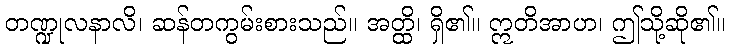
တဏ္ဍုလနာလိ၊ ဆန်တကွမ်းစားသည်။ အတ္ထိ၊ ရှိ၏။ ဣတိအာဟ၊ ဤသို့ဆို၏။